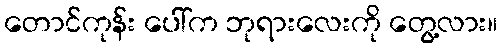
တောင်ကုန်း ပေါ်က ဘုရားလေးကို တွေ့လား။